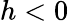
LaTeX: h<0